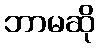
ဘာမဆို